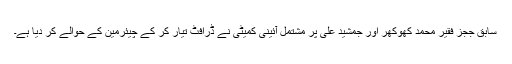
سابق ججز فقیر محمد کھوکھر اور جمشید علی پر مشتمل آئینی کمیٹی نے ڈرافٹ تیار کر کے چیئرمین کے حوالے کر دیا ہے۔